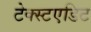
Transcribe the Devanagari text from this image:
टेक्स्टएडिट